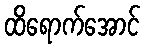
ထိရောက်အောင်